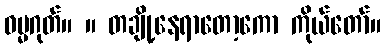
ဓမ္မဂုတ်။ ။ တချို့နေရာတော့ကော ကိုယ်တော်။